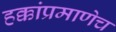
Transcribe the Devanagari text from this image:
हक्कांप्रमाणेच